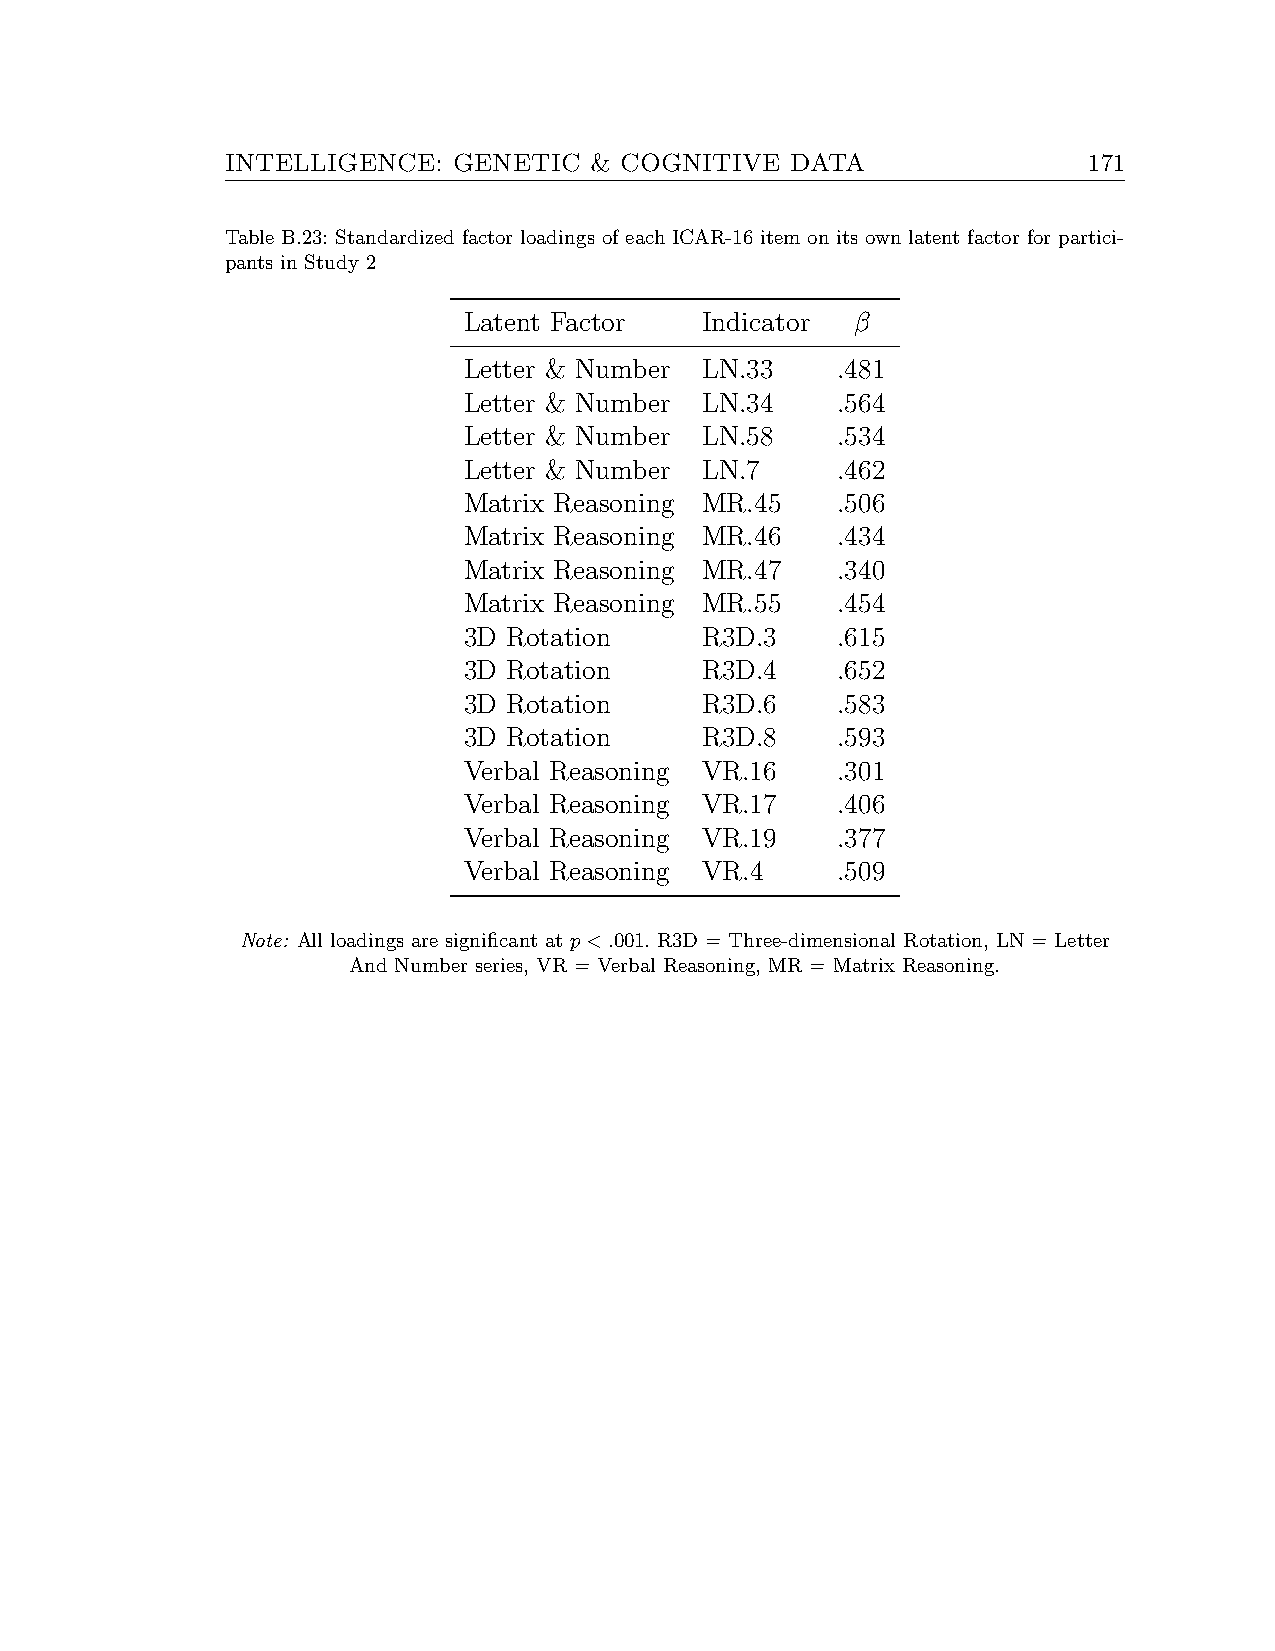
INTELLIGENCE:  GENETIC  & COGNITIVE  DATA                171
 Table B.23: Standardized factor loadings of each ICAR-16 item on its own latent factor for partici-
 pants in Study 2
 Latent Factor   Indicator β
 Letter & Number LN.33   .481
 Letter & Number LN.34   .564
 Letter & Number LN.58   .534
 Letter & Number LN.7    .462
 Matrix Reasoning MR.45  .506
 Matrix Reasoning MR.46  .434
 Matrix Reasoning MR.47  .340
 Matrix Reasoning MR.55  .454
 3D Rotation     R3D.3   .615
 3D Rotation     R3D.4   .652
 3D Rotation     R3D.6   .583
 3D Rotation     R3D.8   .593
 Verbal Reasoning VR.16  .301
 Verbal Reasoning VR.17  .406
 Verbal Reasoning VR.19  .377
 Verbal Reasoning VR.4   .509
 Note: All loadings are significant at p<.001. R3D = Three-dimensional Rotation, LN = Letter
 And Number series, VR = Verbal Reasoning, MR = Matrix Reasoning.